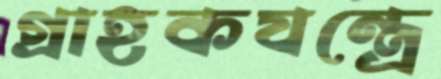
গ্রাহকযন্ত্রে